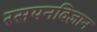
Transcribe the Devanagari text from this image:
रसयनविज्ञान